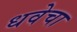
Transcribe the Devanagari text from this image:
धवेचा